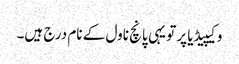
وکیپیڈیا پر تو یہی پانچ ناول کے نام درج ہیں۔